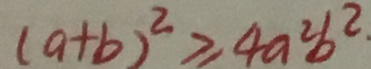
( a + b ) ^ { 2 } \geq 4 a ^ { 2 } b ^ { 2 }